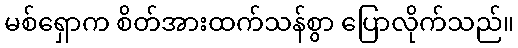
မစ်ရှောက စိတ်အားထက်သန်စွာ ပြောလိုက်သည်။